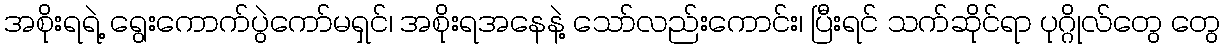
အစိုးရရဲ့ ရွေးကောက်ပွဲကော်မရှင်၊ အစိုးရအနေနဲ့ သော်လည်းကောင်း၊ ပြီးရင် သက်ဆိုင်ရာ ပုဂ္ဂိုလ်တွေ တွေ